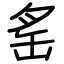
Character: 䍃